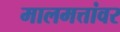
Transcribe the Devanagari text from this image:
मालमत्तांवर